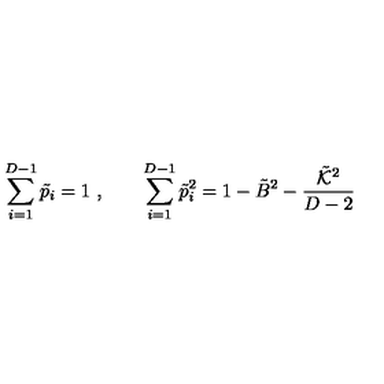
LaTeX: \sum _ { i = 1 } ^ { D - 1 } \tilde { p } _ { i } = 1 \ , \qquad \sum _ { i = 1 } ^ { D - 1 } \tilde { p } _ { i } ^ { 2 } = 1 - \tilde { B } ^ { 2 } - \frac { \tilde { { \cal K } } ^ { 2 } } { D - 2 }